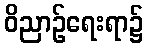
ဝိညာဉ်ရေးရာ၌